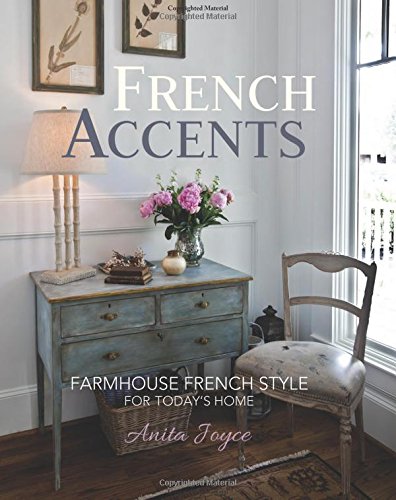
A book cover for French Accents: Farmhouse French Style For Today's Home; Anita Joyce; Crafts, Hobbies & Home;